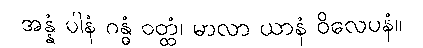
အန္နံ ပါနံ ဂန္ဓံ ဝတ္ထံ၊ မာလာ ယာနံ ဝိလေပနံ။